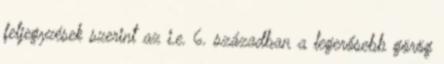
feljegyzések szerint az i.e. 6. században a legerősebb görög